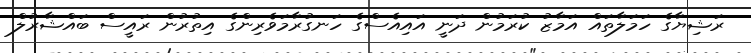
ރަޝިޔާގެ ހަމަލާތައް އަމާޒު ކުރަމުން ދަނީ އައިއެސްގެ ހަނގުރާމަވެރިންގެ އިތުރުން ރައީސް ބައްޝާރުލް